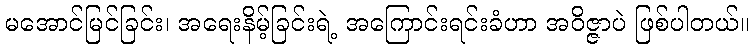
မအောင်မြင်ခြင်း၊ အရေးနိမ့်ခြင်းရဲ့ အကြောင်းရင်းခံဟာ အဝိဇ္ဇာပဲ ဖြစ်ပါတယ်။